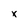
Character: x